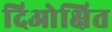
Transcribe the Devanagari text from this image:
दिओक्षित